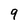
Character: 9